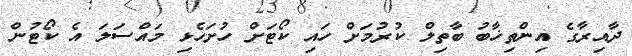
ދާއިރާގެ އިންތިޚާބު ބާތިލް ކުރުމަށް ހައި ކޯޓަށް ހުށަހެޅި މައްސަލަ އެ ކޯޓުން